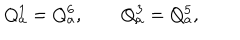
Q _ { a } ^ { 1 } = Q _ { a } ^ { 6 } , \, \, \, \, \, \, \, \, \, \, \, \, Q _ { a } ^ { 3 } = Q _ { a } ^ { 5 } , \, \,